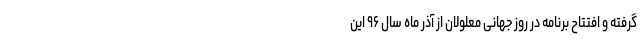
گرفته و افتتاح برنامه در روز جهانی معلولان از آذر ماه سال ۹۶ این